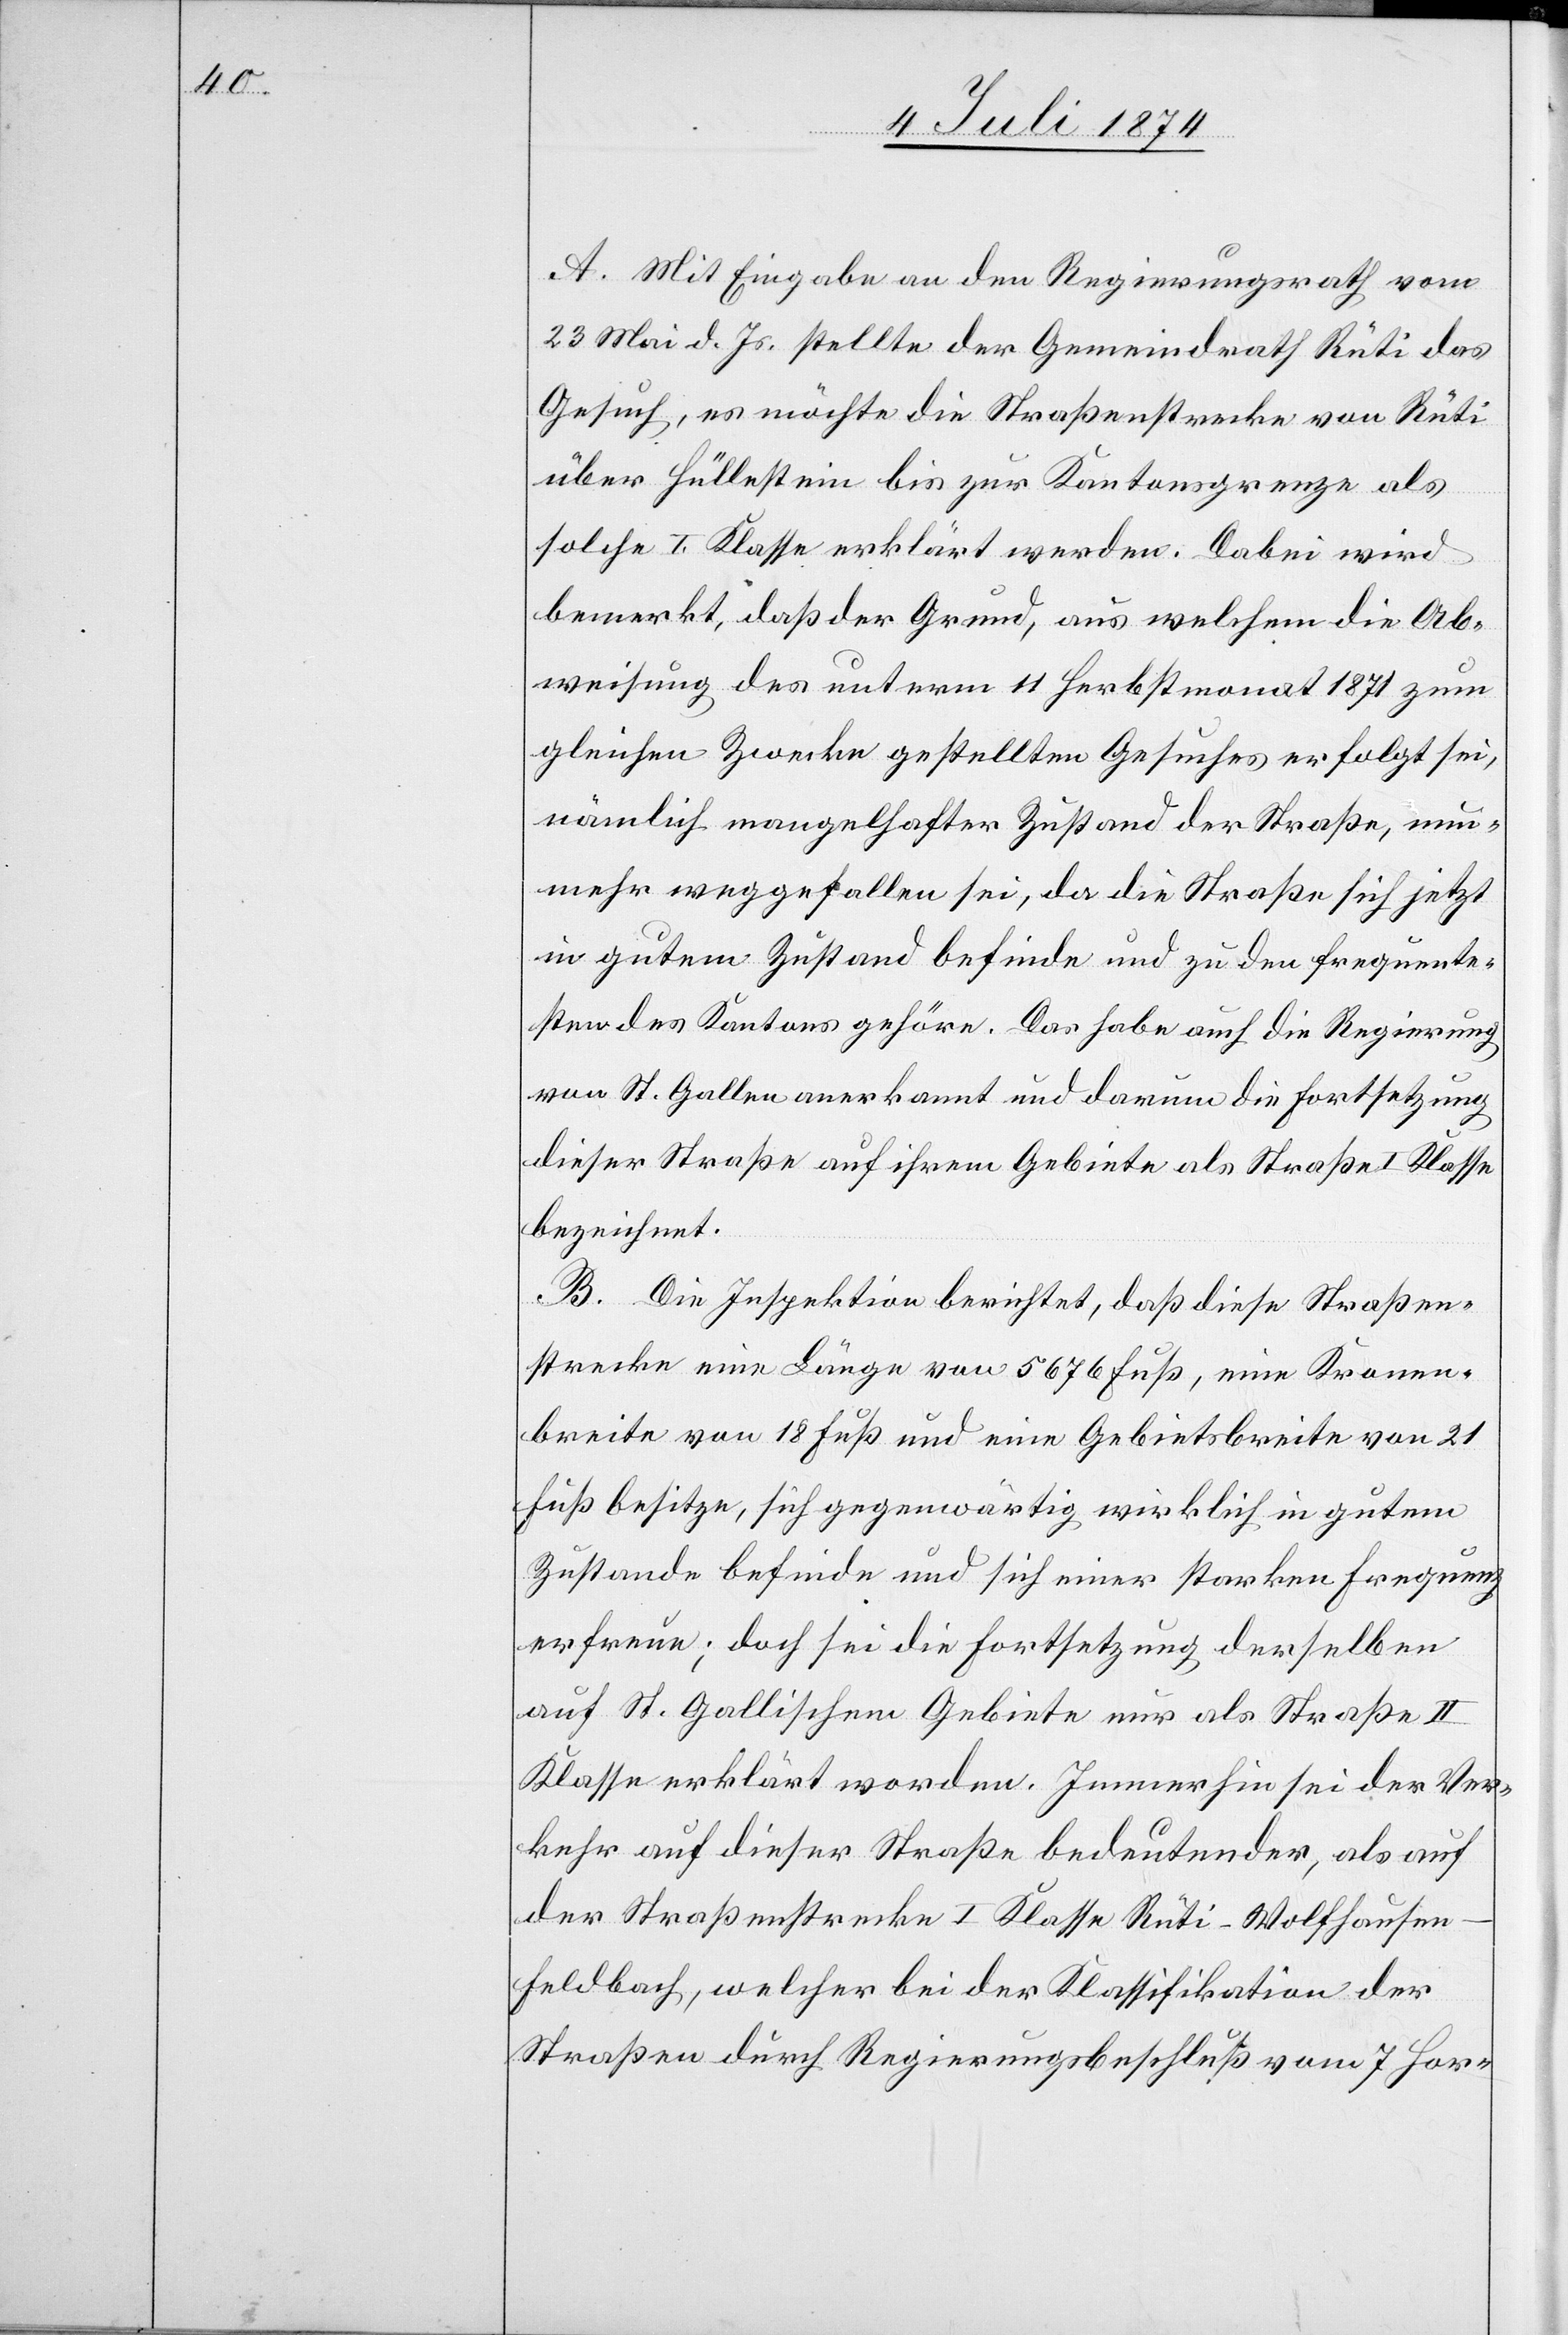
A. Mit Eingabe an den Regierungsrath vom
23. Mai d. Js. stellte der Gemeindrath Rüti das
Gesuch, es möchte die Straßenstrecke von Rüti
über Hüllestein bis zur Kantonsgrenze als
solche I. Klasse erklärt werden. Dabei wird
bemerkt, daß der Grund, aus welchem die Ab¬
weisung des unterm 11. Herbstmonat 1871 zum
gleichen Zwecke gestellten Gesuches erfolgt sei,
nämlich mangelhafter Zustand der Straße sich
in gutem Zustand befinde und zu den frequente¬
sten des Kantons gehöre. Das habe auch die Regierung
von St. Gallen anerkannt und darum die Fortsetzung
dieser Straße auf ihrem Gebiete als Straße I. Klasse
bezeichnet.
B. Die Inspektion berichtet, daß diese Straßen¬
strecke eine Länge von 5676 Fuß, eine Kronen¬
breite von 18 Fuß und eine Gebietsbreite von 21
Fuß besitze, sich gegenwärtig wirklich in gutem
Zustande befinde und sich einer starken Frequenz
erfreue; doch sei die Fortsetzung derselben
auf St. Gallischem Gebiete nur als Straße II.
Klasse erklärt worden. Immerhin sei der Ver¬
kehr auf dieser Straße bedeutender, als auf
der Straßenstrecke I. Klasse Rüti–Wolfhausen–F¬
eldbach, welcher bei der Klassifikation der
Straßen durch Regierungsbeschluß vom 7. Hor-